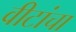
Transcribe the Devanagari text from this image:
वीटांचा